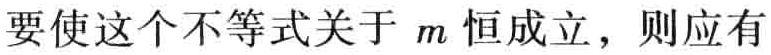
要使这个不等式关于 \(m\) 恒成立，则应有